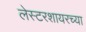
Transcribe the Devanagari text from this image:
लेस्टरशायरच्या